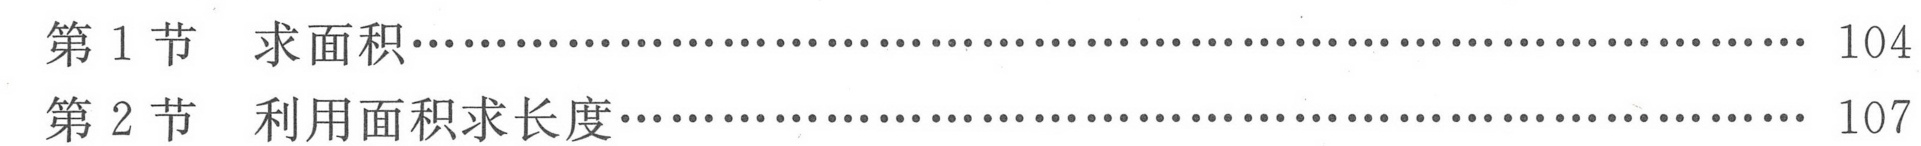
第 1 节  求面积…………………………………………………… 104
第 2 节  利用面积求长度……………………………………………… 107